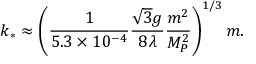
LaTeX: k _ { * } \approx \left( \frac { 1 } { 5 . 3 \times 1 0 ^ { - 4 } } \frac { \sqrt { 3 } g } { 8 \lambda } \frac { m ^ { 2 } } { M _ { P } ^ { 2 } } \right) ^ { 1 / 3 } m .